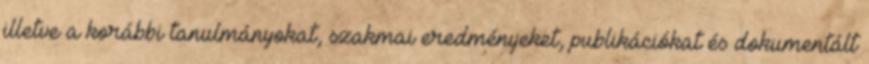
illetve a korábbi tanulmányokat, szakmai eredményeket, publikációkat és dokumentált